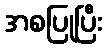
အစပြုပြီး